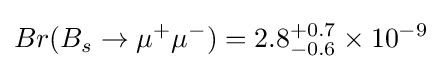
Br(B_{s}\rightarrow \mu ^{+}\mu ^{-})=2.8_{-0.6}^{+0.7}\times 10^{-9}